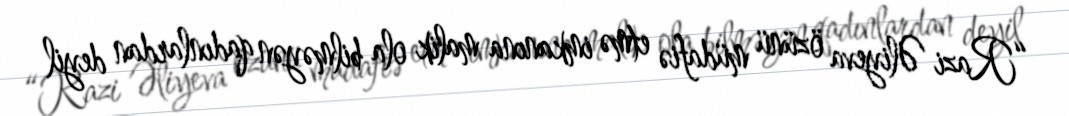
“Razi Əliyeva özünü müdafiə etmə imkanına malik ola bilməyən qadınlardan deyil